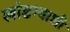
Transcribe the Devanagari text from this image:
लांडग्याशी